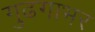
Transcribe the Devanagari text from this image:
गुढगाभर